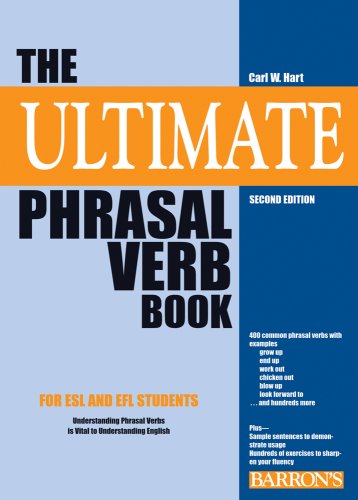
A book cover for The Ultimate Phrasal Verb Book; Carl W. Hart; Politics & Social Sciences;